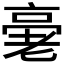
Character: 𠅸